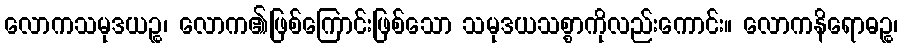
လောကသမုဒယဉ္စ၊ လောက၏ဖြစ်ကြောင်းဖြစ်သော သမုဒယသစ္စာကိုလည်းကောင်း။ လောကနိရောဓဉ္စ၊